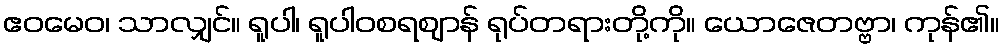
ဧဝမေဝ၊ သာလျှင်။ ရူပါ၊ ရူပါဝစရဈာန် ရုပ်တရားတို့ကို။ ယောဇေတဗ္ဗာ၊ ကုန်၏။